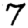
Digit: 7